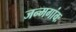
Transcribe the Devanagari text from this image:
जन्मगांवः